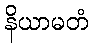
နိယာမတံ